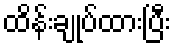
ထိန်းချုပ်ထားပြီး